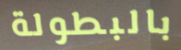
بالبطولة